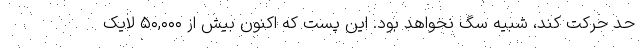
حد حرکت کند، شبیه سگ نخواهد بود. این پست که اکنون بیش از ۵۰,۰۰۰ لایک